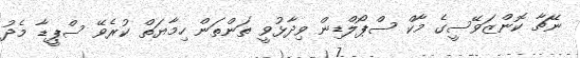
ނޭޗާ ކޮންޒަވޭސީގެ މާކް ސްޕޯލްޑިން ވިދާޅުވީ ތަންތަން ހިމާޔަތް ކުރެވޭ ސްޕީޑާ މެދު